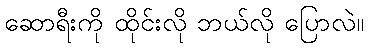
ဆောရီးကို ထိုင်းလို ဘယ်လို ပြောလဲ။